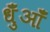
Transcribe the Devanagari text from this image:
धुँआँ